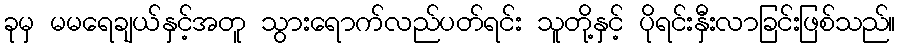
ခုမှ မမရေချယ်နှင့်အတူ သွားရောက်လည်ပတ်ရင်း သူတို့နှင့် ပိုရင်းနှီးလာခြင်းဖြစ်သည်။